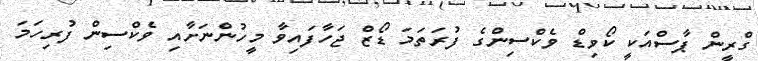
ގްރީން ޕާސްއަކީ ކޯވިޑް ވެކްސިންގެ ފުރަތަމަ ޑޯޒް ޖަހާފައިވާ މީހުންނަށާއި ވެކްސިން ފުރިހަމަ